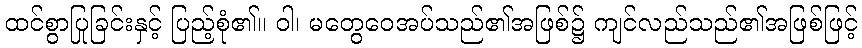
ထင်စွာပြုခြင်းနှင့် ပြည့်စုံ၏။ ဝါ၊ မတွေဝေအပ်သည်၏အဖြစ်၌ ကျင်လည်သည်၏အဖြစ်ဖြင့်